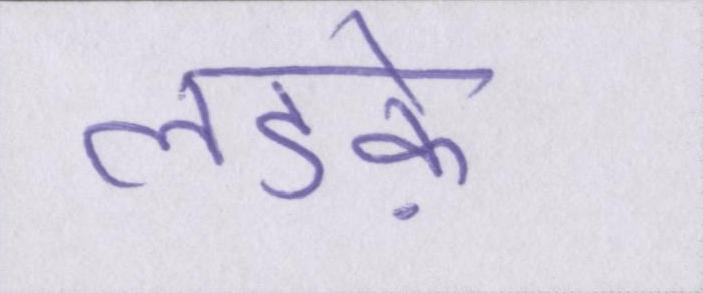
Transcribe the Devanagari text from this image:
लडक़े